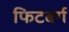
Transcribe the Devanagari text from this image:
फिटबर्ग